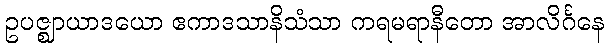
ဥပဇ္ဈာယာဒယော ဧကာဒသာနိသံသာ ကရမရာနီတော အာလိင်္ဂနေ